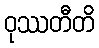
ဝုဿတီတိ